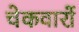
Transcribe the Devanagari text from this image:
चेकवारों